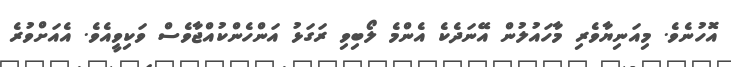
އޮހުނެވެ. މިއަނިޔާވެރި މާހައުލުން އޭނަދެކެ އެންމެ ލޯބިވި ރަގަޅު އަންހެންކުއްޖާވެސް ވަކިވީއެވެ. އެއަށްވުރެ